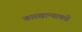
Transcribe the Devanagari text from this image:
कारखान्याकडे